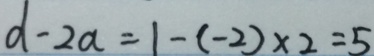
d - 2 a = 1 - ( - 2 ) \times 2 = 5